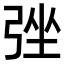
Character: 𢏬